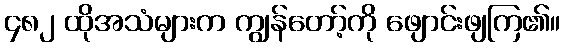
၄၈၂ ထိုအသံများက ကျွန်တော့်ကို ဖျောင်းဖျကြ၏။